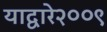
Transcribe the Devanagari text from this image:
याद्वारे२००९